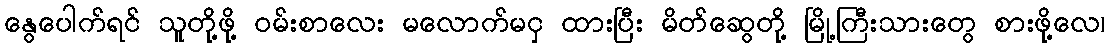
နွေပေါက်ရင် သူတို့ဖို့ ဝမ်းစာလေး မလောက်မငှ ထားပြီး မိတ်ဆွေတို့ မြို့ကြီးသားတွေ စားဖို့လေ၊